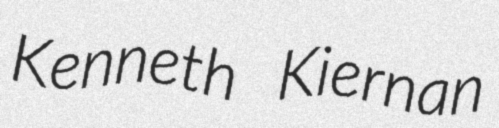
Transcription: Kenneth Kiernan